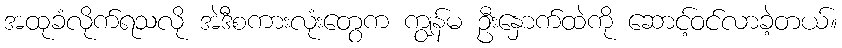
အထုခံလိုက်ရသလို အဲဒီစကားလုံးတွေက ကျွန်မ ဦးနှောက်ထဲကို ဆောင့်ဝင်လာခဲ့တယ်။